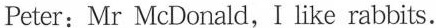
Peter:Mr McDonald, I like rabbits.